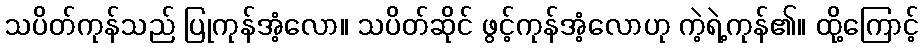
သပိတ်ကုန်သည် ပြုကုန်အံ့လော။ သပိတ်ဆိုင် ဖွင့်ကုန်အံ့လောဟု ကဲ့ရဲ့ကုန်၏။ ထို့ကြောင့်